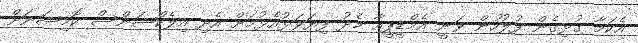
އެކަމާ ގުޅިގެން ފުލުހުން ވަނީ އެމްޑީޕީއާ މެދު ފިޔަވަޅުއެޅުމަށް އެދި އިލެކްޝަންސް ކޮމިޝަނަށް